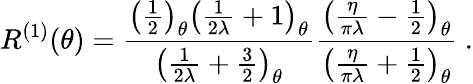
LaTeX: R^{(1)}(\theta)=\frac{\left(\frac{1}{2}\right)_{\theta}\left(\frac{1}{2\lambda}+1\right)_{\theta}}{\left(\frac{1}{2\lambda}+\frac{3}{2}\right)_{\theta}}\frac{\left(\frac{\eta}{\pi\lambda}-\frac{1}{2}\right)_{\theta}}{\left(\frac{\eta}{\pi\lambda}+\frac{1}{2}\right)_{\theta}}\ .